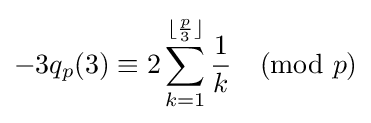
-3q_{p}(3)\equiv 2\sum _{k=1}^{\lfloor {\frac {p}{3}}\rfloor }{\frac {1}{k}}{\pmod {p}}